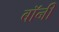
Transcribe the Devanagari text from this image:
बाॅनी